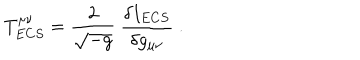
T _ { E C S } ^ { \mu \nu } = \frac { 2 } { \sqrt { - g } } \ \frac { \delta I _ { E C S } } { \delta g _ { \mu \nu } } \ .